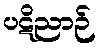
ပဋိညာဉ်